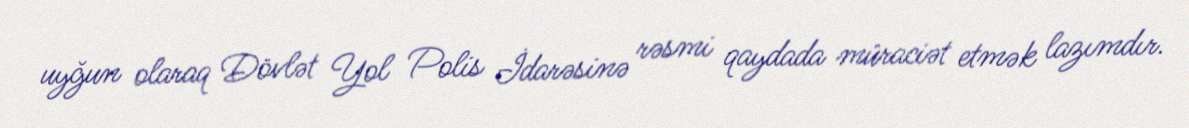
uyğun olaraq Dövlət Yol Polis İdarəsinə rəsmi qaydada müraciət etmək lazımdır.